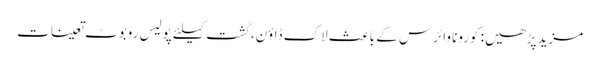
مزید پڑھیں: کورونا وائرس کے باعث لاک ڈاؤن، گشت کیلئے پولیس روبوٹ تعینات